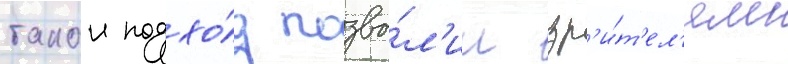
такои подхо́д позво́л'ил зр'и́т'ел'ям